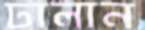
ঢালান